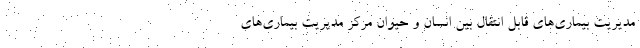
مدیریت بیماری‌های قابل انتقال بین انسان و حیوان مرکز مدیریت بیماری‌های